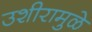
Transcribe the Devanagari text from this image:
उशीरामुळे